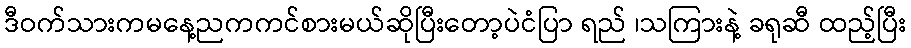
ဒီဝက်သားကမနေ့ညကကင်စားမယ်ဆိုပြီးတော့ပဲငံပြာ ရည် ၊သကြားနဲ့ ခရုဆီ ထည့်ပြီး